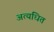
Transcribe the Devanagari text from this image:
अत्यधित